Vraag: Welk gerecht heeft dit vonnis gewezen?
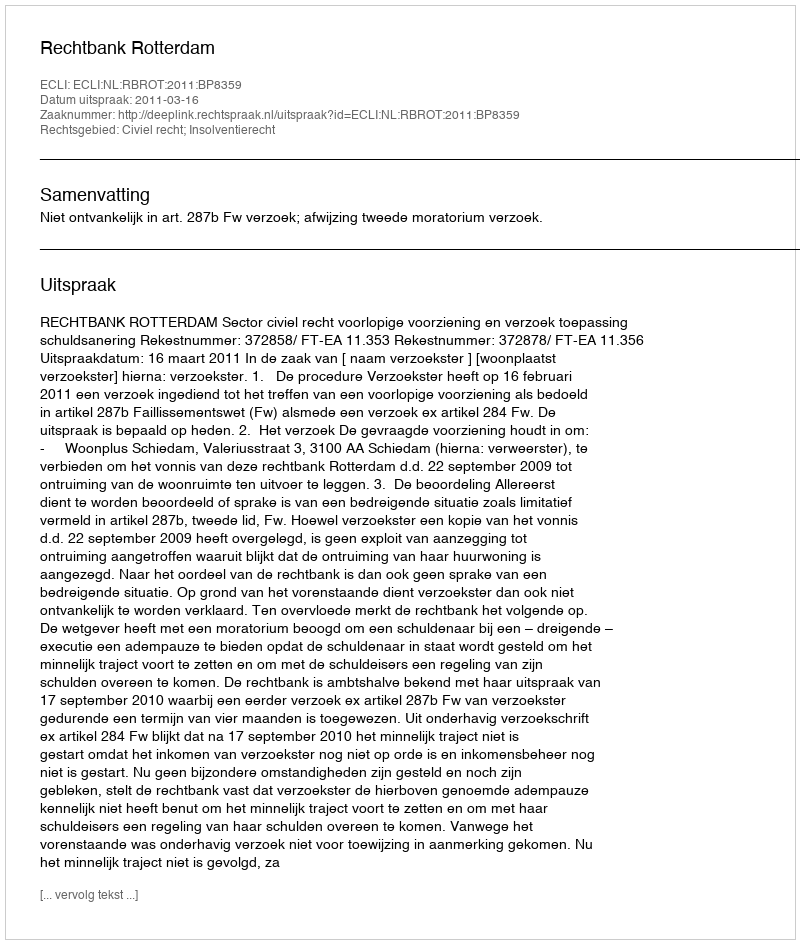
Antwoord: Rechtbank Rotterdam